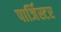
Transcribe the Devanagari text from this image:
पार्जिस्टर